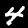
Digit: 4